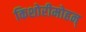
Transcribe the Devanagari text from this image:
किशोरीमोहन्